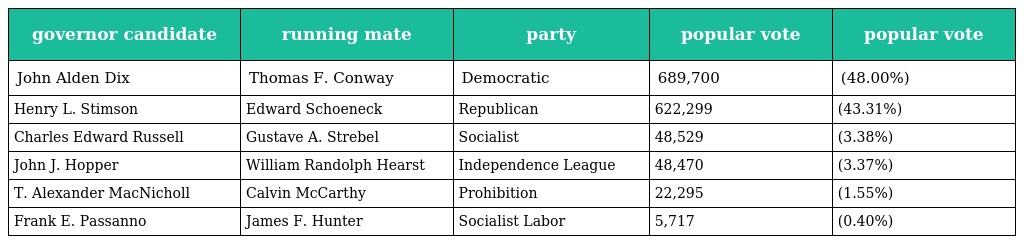
| governor candidate | running mate | party | popular vote | popular vote |
 | --- | --- | --- | --- | --- |
 | John Alden Dix | Thomas F. Conway | Democratic | 689,700 | (48.00%) |
 | Henry L. Stimson | Edward Schoeneck | Republican | 622,299 | (43.31%) |
 | Charles Edward Russell | Gustave A. Strebel | Socialist | 48,529 | (3.38%) |
 | John J. Hopper | William Randolph Hearst | Independence League | 48,470 | (3.37%) |
 | T. Alexander MacNicholl | Calvin McCarthy | Prohibition | 22,295 | (1.55%) |
 | Frank E. Passanno | James F. Hunter | Socialist Labor | 5,717 | (0.40%) |